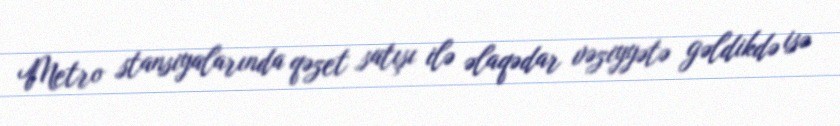
Metro stansiyalarında qəzet satışı ilə əlaqədar vəziyyətə gəldikdə isə